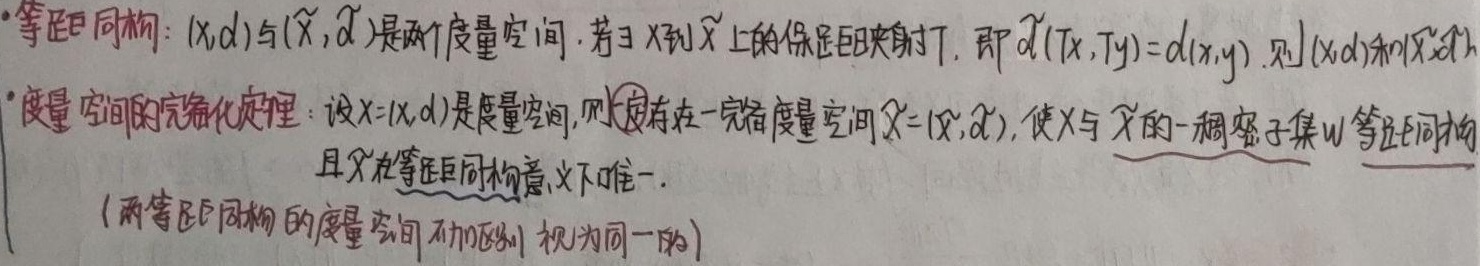
等距同构：\((X, d)\)与\((\widetilde{X}, \widetilde{d})\)是两个度量空间。若\(\exists\)从\(X\)到\(\widetilde{X}\)上的保距映射\(T\)，即\(\widetilde{d}(Tx, Ty)=d(x, y)\)。

度量空间的完备化定理：设\(X = (X, d)\)是度量空间，则必存在一完备度量空间\(\widetilde{X}=(\widetilde{X}, \widetilde{d})\)，使\(X\)与\(\widetilde{X}\)的一稠密子集\(W\)等距同构，且\(\widetilde{X}\)在等距同构意义下唯一。（两等距同构的度量空间不加区别，视为同一的）